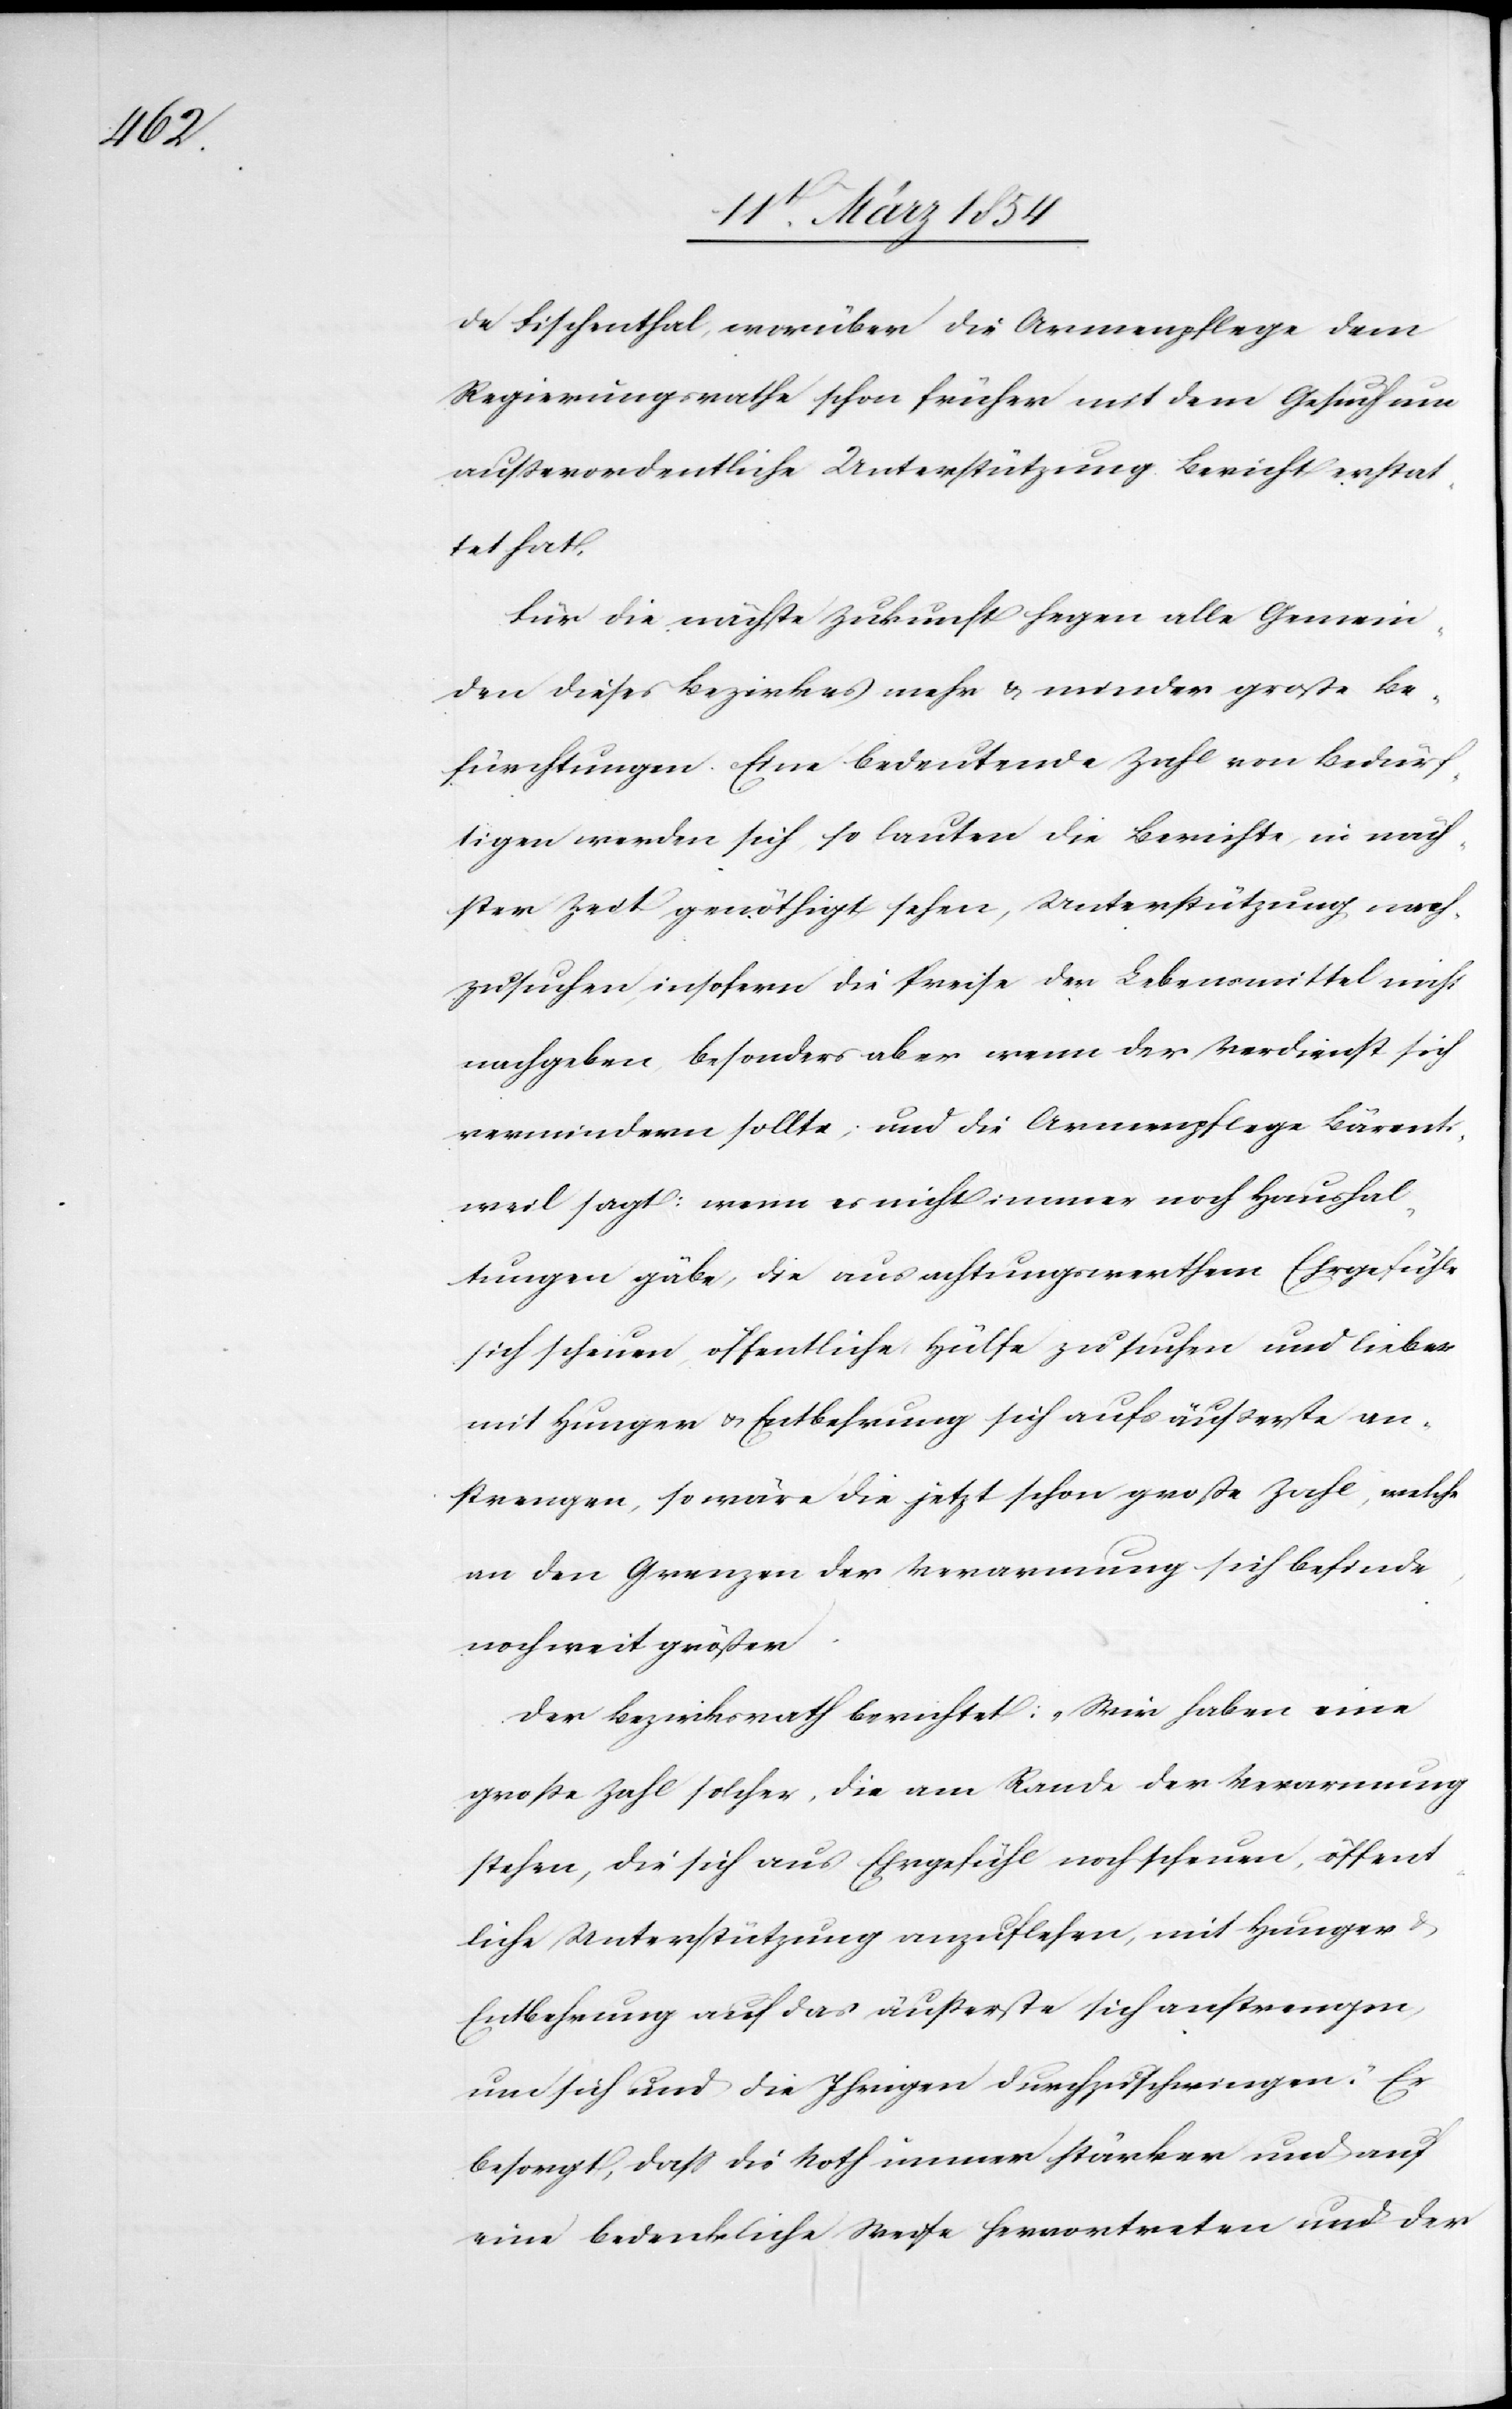
de Fischenthal, worüber die Armenpflege dem
Regierungsrathe schon früher mit dem Gesuch um
außerordentliche Unterstützung Bericht erstat¬
tet hat.
Für die nächste Zukunft hegen alle Gemein¬
den dieses Bezirkes mehr & minder große Be¬
fürchtungen. Eine bedeutende Zahl von Bedürf¬
tigen werden sich, so lauten die Berichte, in näch¬
ster Zeit genöthigt sehen, Unterstützung nach¬
zusuchen, insofern die Preise der Lebensmittel nicht
nachgeben, besonders aber wenn der Verdienst sich
vermindern sollte; und die Armenpflege Bärent¬
sweil sagt: wenn es nicht immer noch Haushal¬
tungen gäbe, die aus achtungswerthem Ehrgefühle
sich scheuen öffentliche Hülfe zu suchen und lieber
mit Hunger u. Entbehrung sich aufs äußerste an¬
strengen, so wäre die jetzt schon große Zahl, welche
an den Grenzen der Verarmung sich befinde,
noch weit größer.
Der Bezirksrath berichtet: „Wir haben eine
große Zahl solcher, die am Rande der Verarmung
stehen, die sich aus Ehrgefühl noch scheuen, öffent¬
liche Unterstützung anzuflehen, mit Hunger &
Entbehrung auf das äußerste sich anstrengen,
um sich und die Ihrigen durchzuschwingen.“ Er
besorgt, daß die Noth immer stärker und auf
eine bedenkliche Weise hervortreten und der